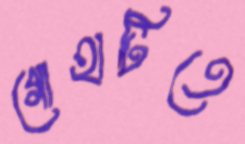
গোহাটিতে